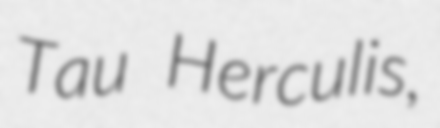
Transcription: Tau Herculis,